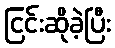
ငြင်းဆိုခဲ့ပြီး